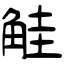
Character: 觟